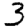
Digit: 3